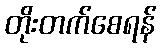
တိုးတက်စေရန်